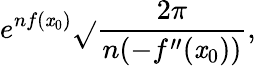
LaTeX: e^{nf(\mathit{x}_{0})}{\sqrt{}{{\frac{{2\pi}}{{n(-f^{\prime\prime}(\mathit{x}_{0}))}}}}},